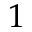
1